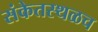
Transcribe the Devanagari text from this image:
संकेतस्थळच